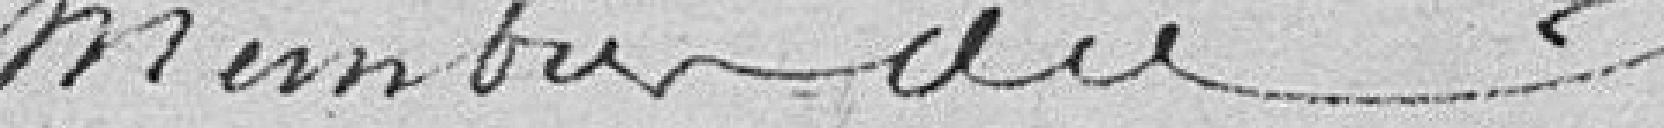
membres du